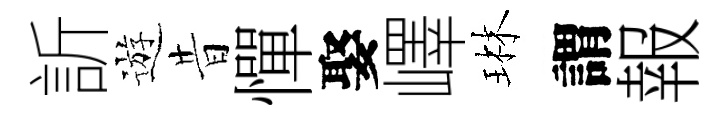
訢遊昔憚娶嶧琳謂報